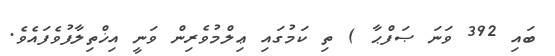
ބައި 392 ވަނަ ޞަފްޙާ ) ތި ކަމުގައި ޢިލްމުވެރިން ވަނީ އިޚްތިލާފުވެފައެވެ.